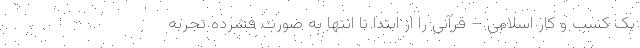
یک کسب و کار اسلامی – قرآنی را از ابتدا تا انتها به صورت فشرده تجربه